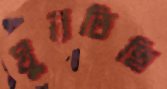
ঘুরতিছি